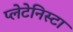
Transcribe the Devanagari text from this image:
प्‍लेटेनिस्‍टा